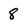
Character: 8